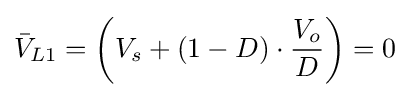
{\bar {V}}_{L1}=\left(V_{s}+(1-D)\cdot {\frac {V_{o}}{D}}\right)=0